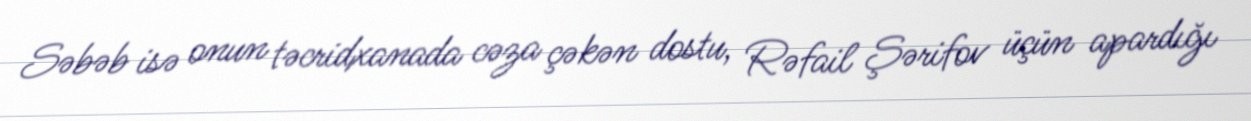
Səbəb isə onun təcridxanada cəza çəkən dostu, Rəfail Şərifov üçün apardığı